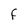
Character: F